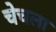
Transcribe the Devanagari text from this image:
चेचला